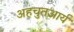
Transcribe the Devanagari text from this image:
अहचुतआर्य